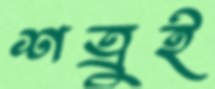
শত্রুই